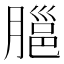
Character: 𦞡